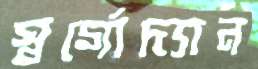
স্বর্গোদ্যান